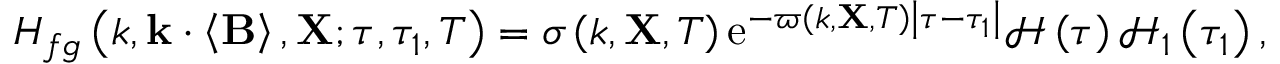
H _ { f g } \left( k , \mathbf { k } \cdot \left\langle \mathbf { B } \right\rangle , \mathbf { X } ; \tau , \tau _ { 1 } , T \right) = \sigma \left( k , \mathbf { X } , T \right) \mathrm { e } ^ { - \varpi \left( k , \mathbf { X } , T \right) \left| \tau - \tau _ { 1 } \right| } \mathcal { H } \left( \tau \right) \mathcal { H } _ { 1 } \left( \tau _ { 1 } \right) ,